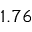
1 . 7 6